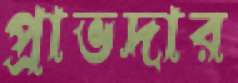
প্রাভদার